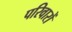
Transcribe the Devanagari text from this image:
परिवारों